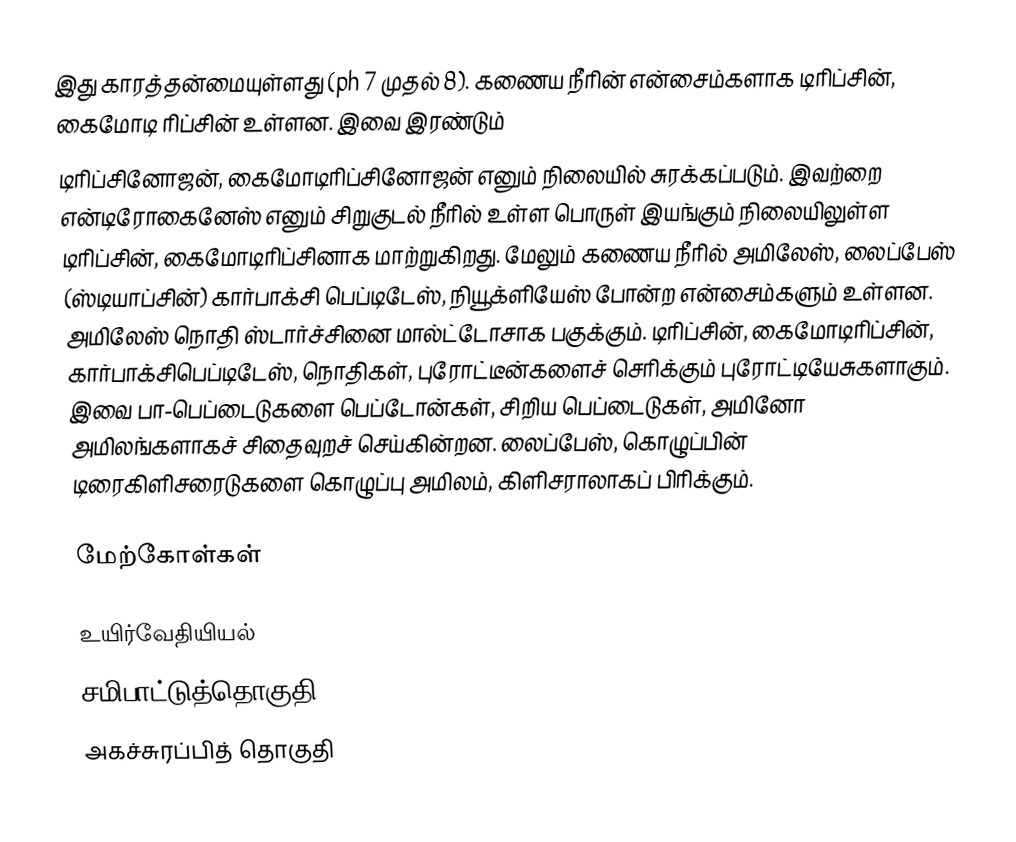
இது காரத்தன்மையுள்ளது (ph 7 முதல் 8). கணைய நீரின் என்சைம்களாக டிரிப்சின், கைமோடி ரிப்சின் உள்ளன. இவை இரண்டும்
டிரிப்சினோஜன், கைமோடிரிப்சினோஜன் எனும் நிலையில் சுரக்கப்படும். இவற்றை என்டிரோகைனேஸ் எனும் சிறுகுடல் நீரில் உள்ள பொருள் இயங்கும் நிலையிலுள்ள டிரிப்சின், கைமோடிரிப்சினாக மாற்றுகிறது. மேலும் கணைய நீரில் அமிலேஸ், லைப்பேஸ் (ஸ்டியாப்சின்) கார்பாக்சி பெப்டிடேஸ், நியூக்ளியேஸ் போன்ற என்சைம்களும் உள்ளன. அமிலேஸ் நொதி ஸ்டார்ச்சினை மால்ட்டோசாக பகுக்கும். டிரிப்சின், கைமோடிரிப்சின், கார்பாக்சிபெப்டிடேஸ், நொதிகள், புரோட்டீன்களைச் செரிக்கும் புரோட்டியேசுகளாகும். இவை பா-பெப்டைடுகளை பெப்டோன்கள், சிறிய பெப்டைடுகள், அமினோ அமிலங்களாகச் சிதைவுறச் செய்கின்றன. லைப்பேஸ், கொழுப்பின் டிரைகிளிசரைடுகளை கொழுப்பு அமிலம், கிளிசராலாகப் பிரிக்கும்.

மேற்கோள்கள்

உயிர்வேதியியல்
சமிபாட்டுத்தொகுதி
அகச்சுரப்பித் தொகுதி